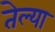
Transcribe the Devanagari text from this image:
तेल्या